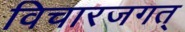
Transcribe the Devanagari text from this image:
विचारजगत्